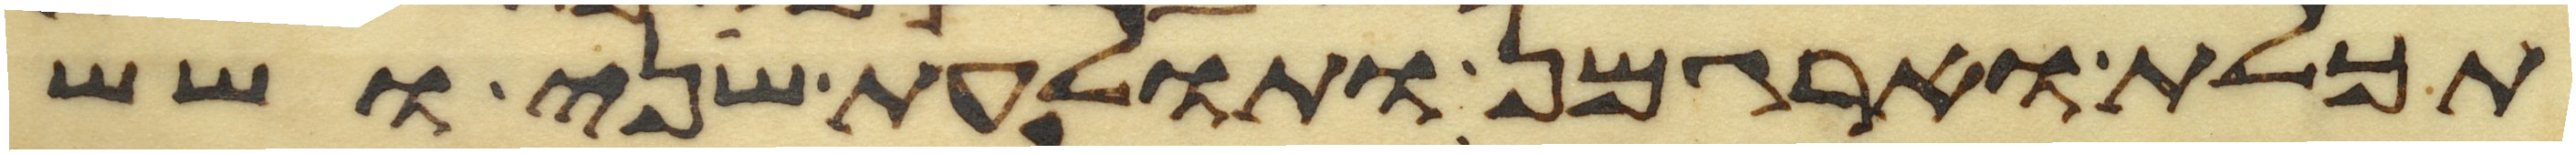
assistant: תכלת וארגמן ותולעת שני ושש